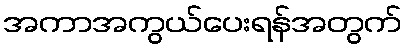
အကာအကွယ်ပေးရန်အတွက်